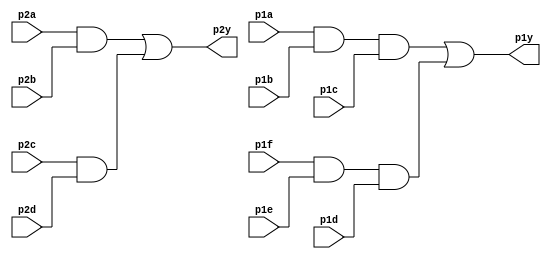
module top_module ( 
    input p1a, p1b, p1c, p1d, p1e, p1f,
    output p1y,
    input p2a, p2b, p2c, p2d,
    output p2y );
    wire p3;//p2a & p2b
    wire p4;//p2c & p2d
    wire p5;//p1a & p1b & p1c
    wire p6;//p1f & p1e & p1d
    assign p3 = p2a & p2b;
    assign p4 = p2c & p2d;
    assign p5 = p1a & p1b & p1c;
    assign p6 = p1f & p1e & p1d;
    assign p2y = p3|p4;
    assign p1y = p5|p6;


endmodule